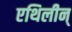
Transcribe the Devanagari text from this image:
एथिलीन्‌